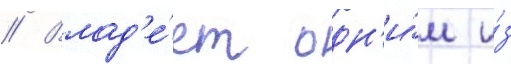
// Влад'е́ет одн'и́м и́з